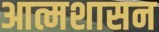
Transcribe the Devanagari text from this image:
आत्मशासन